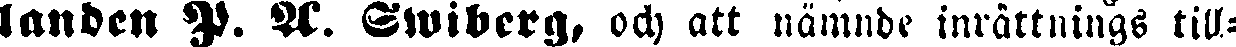
landen Y. A. Swiberg, och att nämnde inrättnings till-